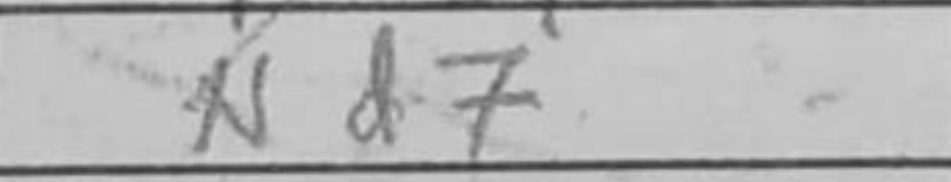
Transcription: Nd7